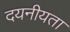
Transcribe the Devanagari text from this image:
दयनीयता